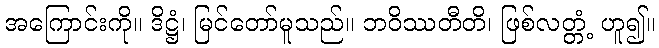
အကြောင်းကို။ ဒိဋ္ဌံ၊ မြင်တော်မူသည်။ ဘဝိဿတီတိ၊ ဖြစ်လတ္တံ့ ဟူ၍။